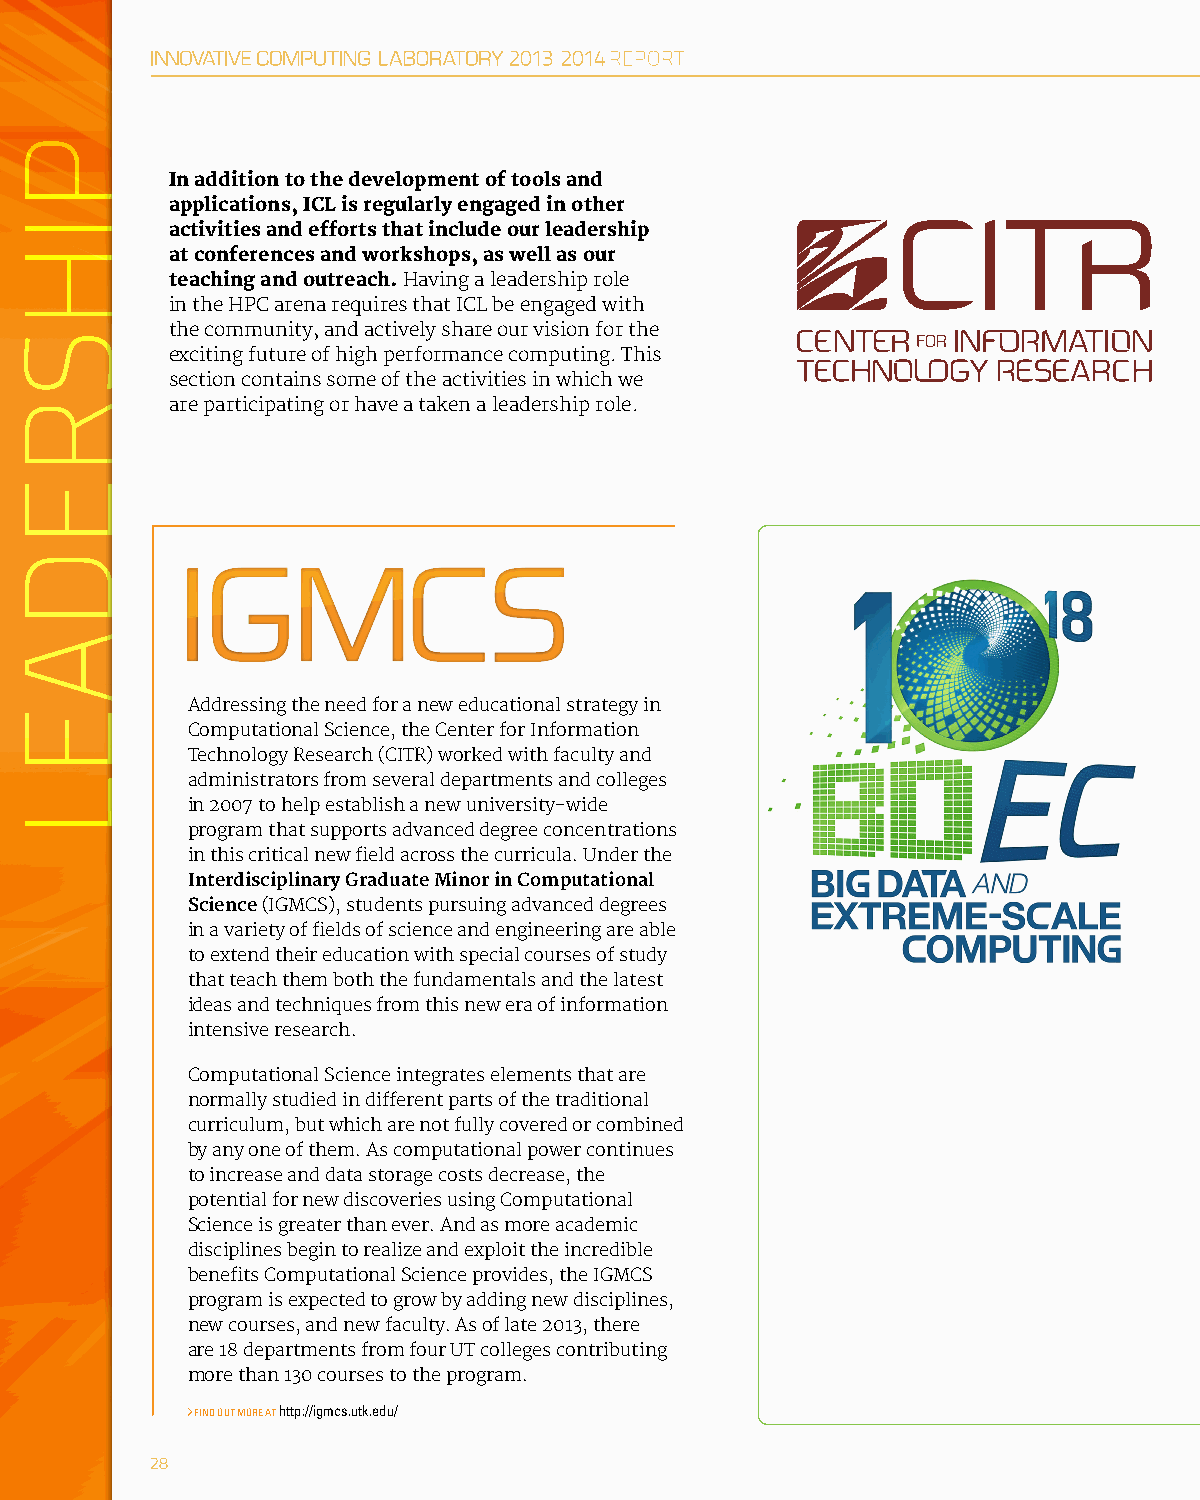
In addition to the development of tools and
 applications, ICL is regularly engaged in other
 activities and efforts that include our leadership
 at conferences and workshops, as well as our
 teaching and outreach. Having a leadership role
 in the HPC arena requires that ICL be engaged with
 the community, and actively share our vision for the
 exciting future of high performance computing. This
 section contains some of the activities in which we
 are participating or have a taken a leadership role.
 Addressing the need for a new educational strategy in
 Computational Science, the Center for Information
 Technology Research (CITR) worked with faculty and
 administrat ors from several departments and colleges
 in 2007 to help establish a new university-wide
 program that sup ports advanced degree concentrations
 in this critical new field across the curricula. Under the
 Interdisciplinary Graduate Minor in Comp utational
 Science (IGMCS), students pursui ng advanced degrees
 in a variety of fields of science and engineering are able
 to extend their education with special courses of study
 that teach them both the fundamentals and the latest
 ideas and techniques from this new era of information
 intensive research.
 Computational Science integrates elements that are
 normally studied in different parts of the traditional
 curriculum, but which are not fully covered or combined
 by any one of them. As computational power continues
 to increase and data storage costs decrease, the
 potential for new discoveries using Computational
 Science is greater than ever. And as more academic
 disci plines begin to realize and exploit the incredible
 benefits Computational Science provides, the IGMCS
 program is expected to grow by adding new disciplines,
 new courses, and new faculty. As of late 2013, there
 are 18 departments from four UT colleges contributing
 more than 130 courses to the program.
 FIND OUT MORE AT http://igmcs.utk.edu/
 28
 PIHSREDAEL